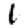
Digit: 1